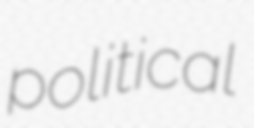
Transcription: political